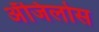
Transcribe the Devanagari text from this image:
अँजिलोस